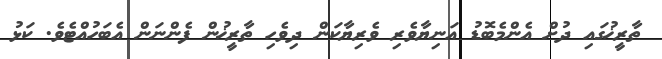
ތާރީޚުގައި ދުށް އެންމެބޮޑު އަނިޔާވެރި ވެރިޔާކަން ދިވެހި ތާރީޚުން ފެންނަން އެބަހުއްޓެވެ. ކަޅު